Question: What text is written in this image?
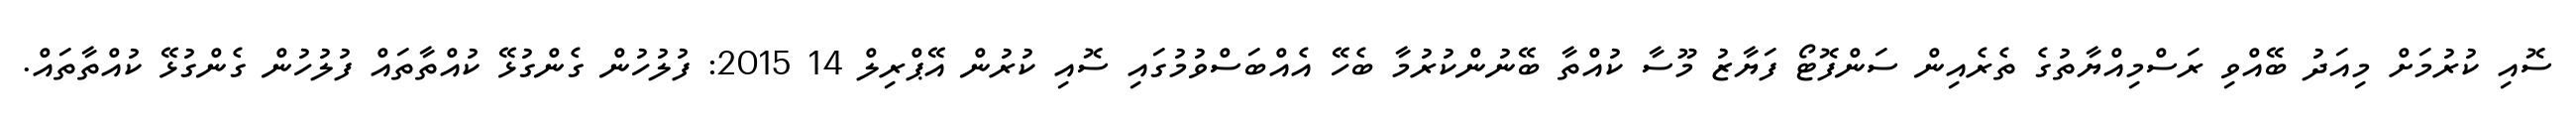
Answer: ސޮއި ކުރުމަށް މިއަދު ބޭއްވި ރަސްމިއްޔާތުގެ ތެރެއިން ސަންފޮޓޯ ފަޔާޒު މޫސާ ކުއްތާ ބޭނުންކުރުމާ ބެހޭ އެއްބަސްވުމުގައި ސޮއި ކުރުން އޭޕްރިލް 14 2015: ފުލުހުން ގެންގުޅޭ ކުއްތާތައް ފުލުހުން ގެންގުޅޭ ކުއްތާތައް.